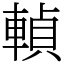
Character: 䡠